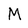
Character: M